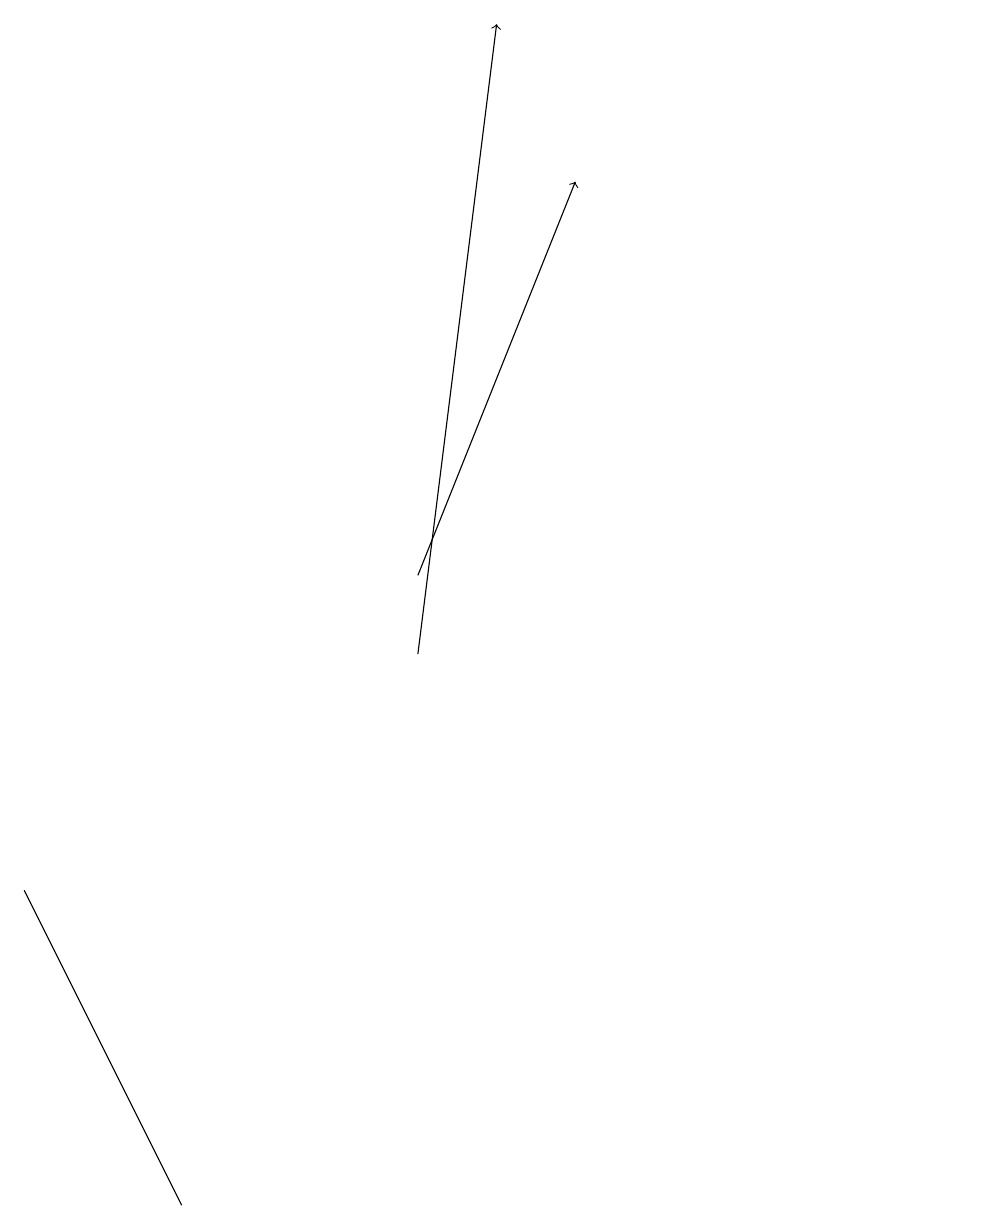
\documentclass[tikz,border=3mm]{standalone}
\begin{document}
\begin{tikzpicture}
\draw (12,12) circle (0);
\draw (11,10) circle (0);
\draw (0,8) -- (2,4) -- (1,6) -- cycle;
\draw[->] (5,11) -- (6,19);
\draw[->] (5,12) -- (7,17);
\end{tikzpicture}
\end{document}